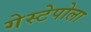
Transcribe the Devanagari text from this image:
गेस्टेपोला